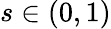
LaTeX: s\in(0,1)